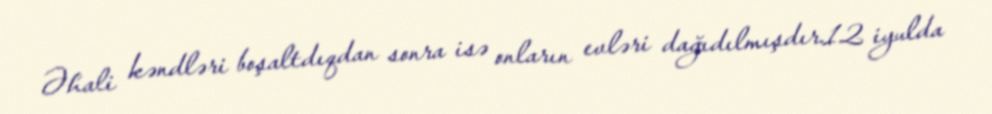
Əhali kəndləri boşaltdıqdan sonra isə onların evləri dağıdılmışdır.12 iyulda